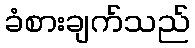
ခံစားချက်သည်